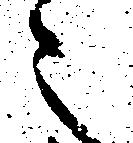
之